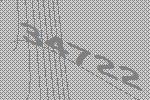
34722